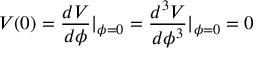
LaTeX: V ( 0 ) = \frac { d V } { d \phi } | _ { \phi = 0 } = \frac { d ^ { 3 } V } { d \phi ^ { 3 } } | _ { \phi = 0 } = 0